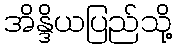
အိန္ဒိယပြည်သို့